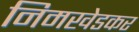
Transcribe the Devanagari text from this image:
निमखेडकर